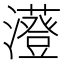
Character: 𤃥